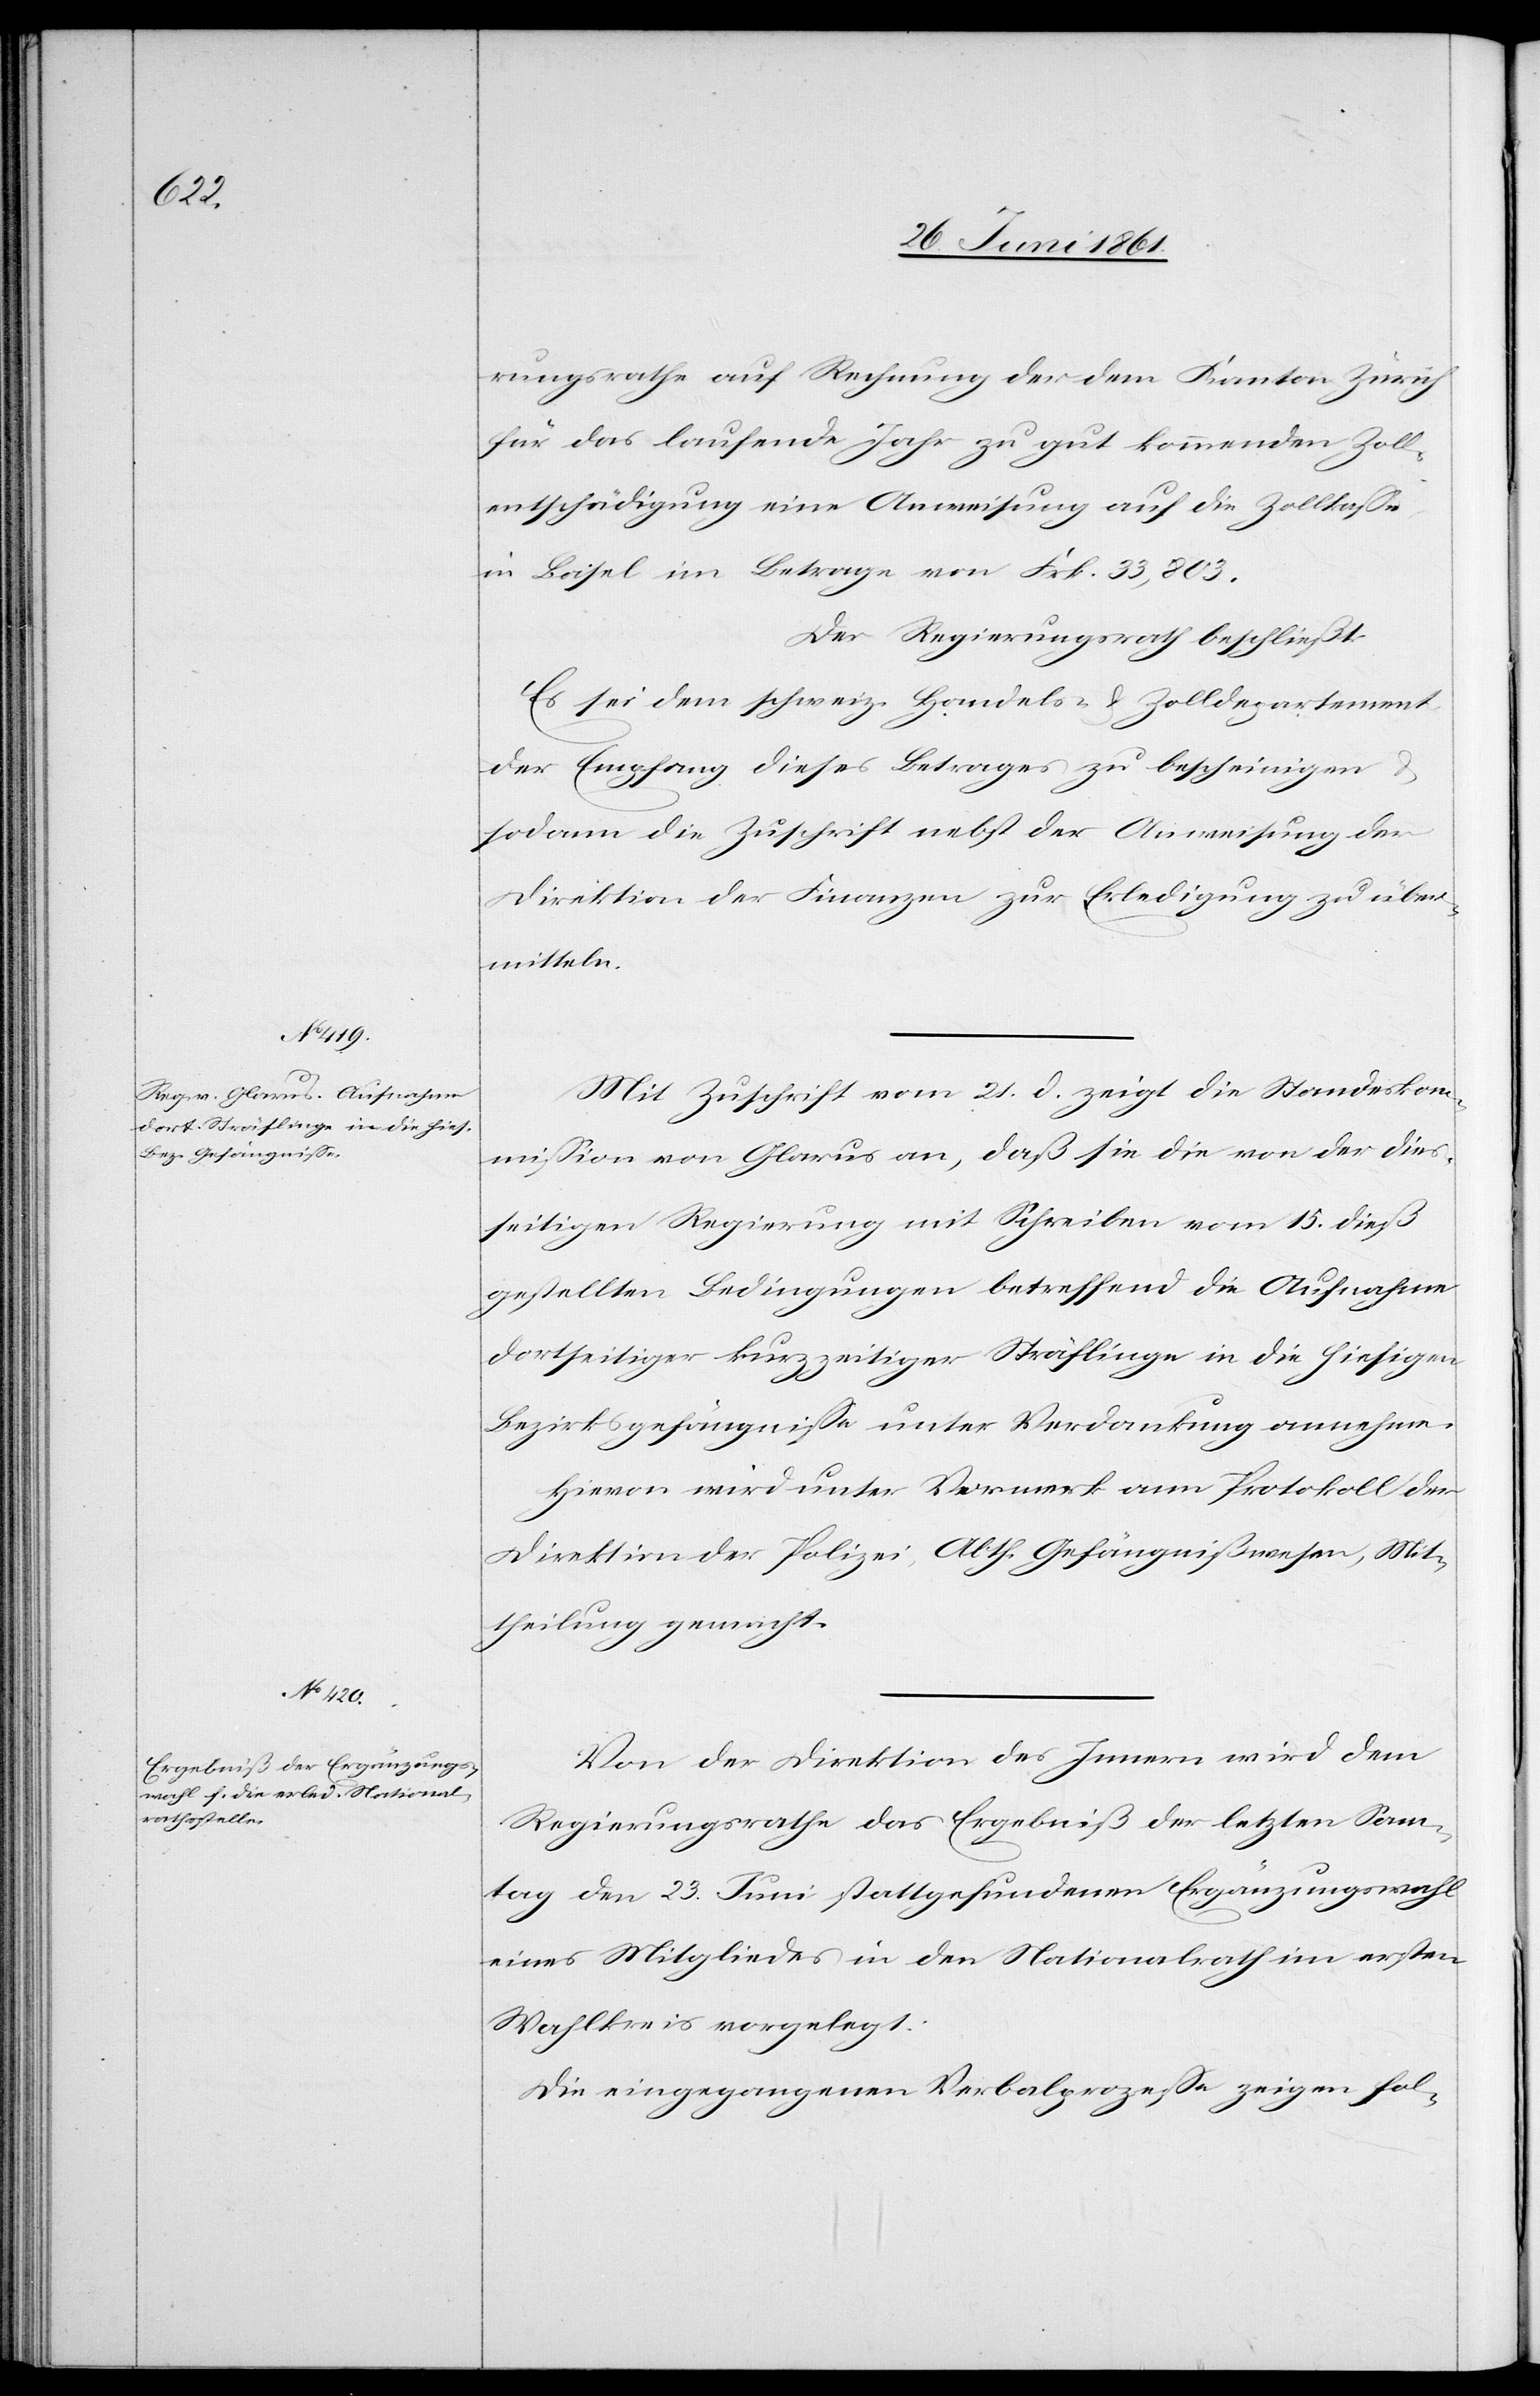
rungsrathe auf Rechnung der dem Kanton Zürich
für das laufende Jahr zu gut kommenden Zoll¬
entschädigung eine Anweisung auf die Zollkasse
in Basel im Betrage von Frk. 33,803.
Der Regierungsrath beschließt:
Es sei dem schweiz. Handels- u. Zolldepartement
der Empfang dieses Betrages zu bescheinigen u.
sodann die Zuschrift nebst der Anweisung der
Direktion der Finanzen zur Erledigung zu über¬
mitteln.
Mit Zuschrift vom 21. d. zeigt die Standeskom¬
mission von Glarus an, daß sie die von der dies¬
seitigen Regierung mit Schreiben vom 15. dieß
gestellten Bedingungen betreffend eine Aufnahme
dortseitiger kurzzeitiger Sträflinge in die hiesigen
Bezirksgefängnisse unter Verdankung annehme.
Hievon wird unter Vormerk am Protokoll der
Direktion der Polizei, Abth. Gefängnißwesen, Mit¬
theilung gemacht.
Von der Direktion des Innern wird dem
Regierungsrathe das Ergebniß der letzten Son¬
ntag den 23. Juni stattgefundenen Ergänzungswahl
eines Mitgliedes in den Nationalrath im ersten
Wahlkreis vorgelegt:
Die eingegangenen Verbalprozesse zeigen fol-